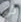
ذى